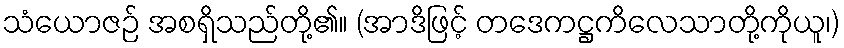
သံယောဇဉ် အစရှိသည်တို့၏။ (အာဒိဖြင့် တဒေကဋ္ဌကိလေသာတို့ကိုယူ၊)